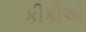
કીકીઓ